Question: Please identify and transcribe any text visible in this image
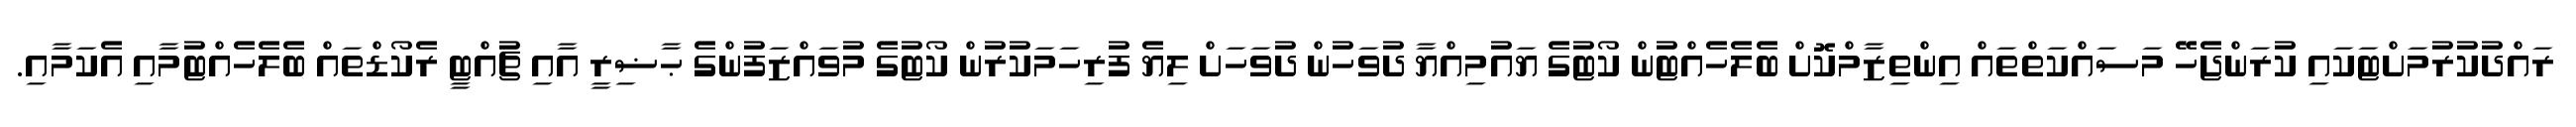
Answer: ރައްދުކުރުމަށްޓަކައި ކުރަންޖެހޭ މަސައްކަތްތައް އިންތިޒާމްކޮށް ބެލެހެއްޓުން ކޯޓުގެ ޔައުމިއްޔާ ދުވަހުން ދުވަހަށް ލިޔެ ފުރިހަމަކުރުން ކޯޓުގެ މުވައްޒަފުންގެ ޙާޟިރީ އާއި ޗުއްޓީ ރެކޯޑްތައް ބެލެހެއްޓުމާއި އެކަމާއި.